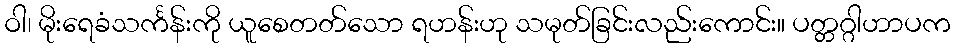
ဝါ၊ မိုးရေခံသင်္ကန်းကို ယူစေတတ်သော ရဟန်းဟု သမုတ်ခြင်းလည်းကောင်း။ ပတ္တဂ္ဂါဟာပက